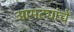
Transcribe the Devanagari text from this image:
आमट्यांचे